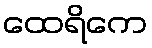
ထေရိကေ